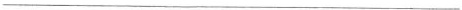
___